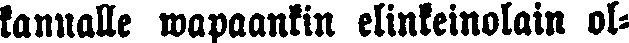
kannalle wapaankin elinkeinolain ol-